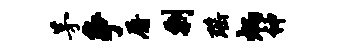
茅争屠剽瑶炳神